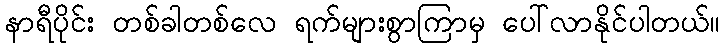
နာရီပိုင်း တစ်ခါတစ်လေ ရက်များစွာကြာမှ ပေါ်လာနိုင်ပါတယ်။